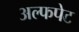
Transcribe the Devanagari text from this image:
अल्फपेट